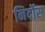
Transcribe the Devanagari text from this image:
निर्दोस